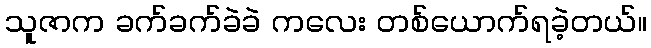
သူဇာက ခက်ခက်ခဲခဲ ကလေး တစ်ယောက်ရခဲ့တယ်။